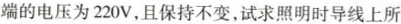
端的电压为220V，且保持不变，试求照明时导线上所